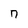
Character: n